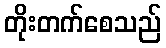
တိုးတက်စေသည်